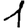
Digit: 1